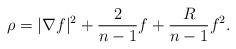
LaTeX: \begin{align*}\rho=|\nabla f|^2+\frac{2}{n-1}f+\frac{R}{n-1}f^2.\end{align*}